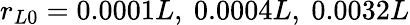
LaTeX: r_{L0}=0.0001L,\ 0.0004L,\ 0.0032L